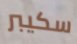
سكيبر